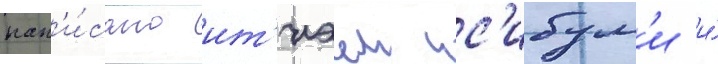
нап'и́сано ит'иэем ис'ибум'и и́